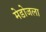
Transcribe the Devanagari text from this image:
मेडोजला